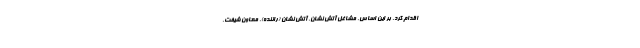
اقدام کرد. بر این اساس، مشاغل آتش نشان، آتش نشان (راننده)، معاون شیفت،